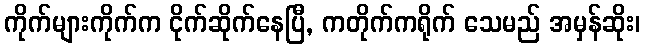
ကိုက်များကိုက်က ငိုက်ဆိုက်နေပြီ, ကတိုက်ကရိုက် သေမည် အမှန်ဆိုး၊